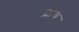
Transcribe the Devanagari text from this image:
ढ़ांच